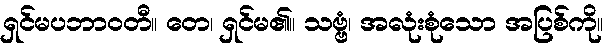
ရှင်မပဘာဝတီ။ တေ၊ ရှင်မ၏။ သဗ္ဗံ၊ အလုံးစုံသော အပြစ်ကို။